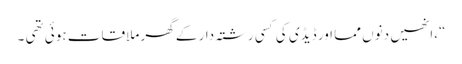
“،انھیں دنوں مما اور ڈیڈی کی کسی رشتہ دار کے گھر ملاقات ہوئی تھی ۔